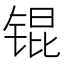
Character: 锟